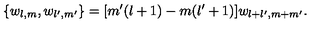
\{ w _ { l , m } , w _ { l ^ { \prime } , m ^ { \prime } } \} = [ m ^ { \prime } ( l + 1 ) - m ( l ^ { \prime } + 1 ) ] w _ { l + l ^ { \prime } , m + m ^ { \prime } } .